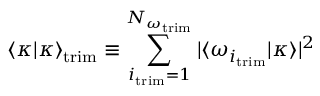
\langle \kappa | \kappa \rangle _ { \mathrm { t r i m } } \equiv \sum _ { i _ { \mathrm { t r i m } } = 1 } ^ { N _ { \omega _ { \mathrm { t r i m } } } } | \langle \omega _ { i _ { \mathrm { t r i m } } } | \kappa \rangle | ^ { 2 }